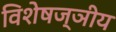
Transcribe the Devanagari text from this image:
विशेषज्ञीय